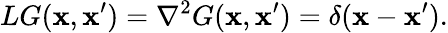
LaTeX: LG(\mathbf{x},\mathbf{x}^{\prime})=\nabla^{2}G(\mathbf{x},\mathbf{x}^{\prime})=\delta(\mathbf{x}-\mathbf{x}^{\prime}).